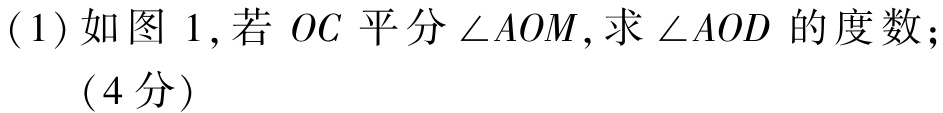
(1) 如图 1, 若 \(OC\) 平分 \(\angle AOM\), 求 \(\angle AOD\) 的度数;

（4 分）